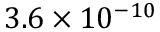
3 . 6 \times 1 0 ^ { - 1 0 }